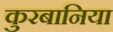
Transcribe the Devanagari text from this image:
कुरबानिया